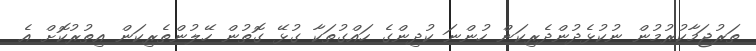
ތަރުޖަމާކުރުމުން ނުކުޅެދުންދެރިކަން ހުންނަ ކުދިންގެ ހައްގުތަކާ ގުޅޭ ގޮތުން ހޭލުންތެރިކަން އިތުރުކޮށް އެ